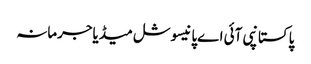
پاکستانپی آئی اےپانیسوشل میڈیاجرمانہ